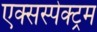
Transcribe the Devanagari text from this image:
एक्सस्पेक्ट्रम